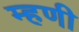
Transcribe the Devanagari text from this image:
म्‍हणी